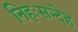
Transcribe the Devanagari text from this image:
निहःसन्देह